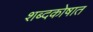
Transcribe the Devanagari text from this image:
शब्दकोषात